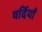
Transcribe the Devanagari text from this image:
वर्दियाँ